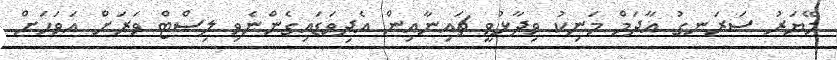
މޭޔަރު ސަރަނގު އާދަމް މަނިކު ވިދާޅުވީ ޗައިނާއިން އެދިވަޑައިގެންނެވި ލިސްޓް ވަރަށް އަވަހަށް